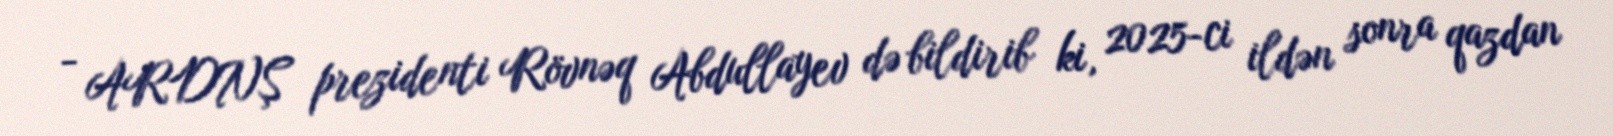
- ARDNŞ prezidenti Rövnəq Abdullayev də bildirib ki, 2025-ci ildən sonra qazdan